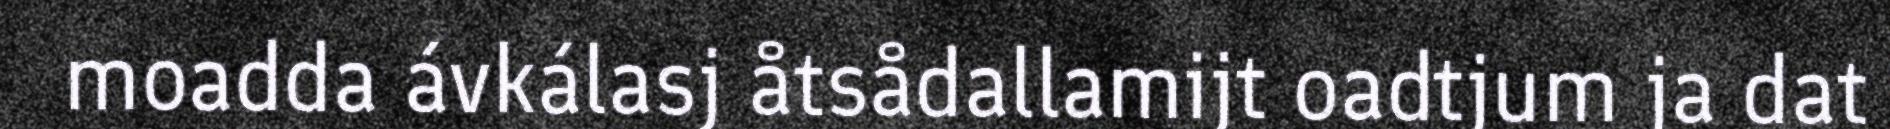
moadda ávkálasj åtsådallamijt oadtjum ja dat